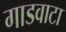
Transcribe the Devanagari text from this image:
गाडवाटा